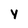
Character: Y